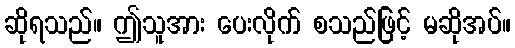
ဆိုရသည်။ ဤသူအား ပေးလိုက် စသည်ဖြင့် မဆိုအပ်။